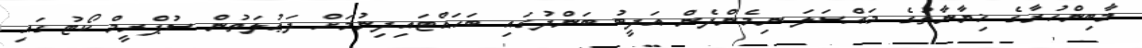
މާބިންހުރާގެ ޚިޔާނާތުގެ މައްސަލަ ނިމެންދެން އަދީބު ބަންދުގައި ބަހައްޓައިދިނުމަށް ދަޢުލަތުން ސުޕްރީމް ކޯޓުގައި